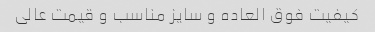
کیفیت فوق العاده و سایز مناسب و قیمت عالی